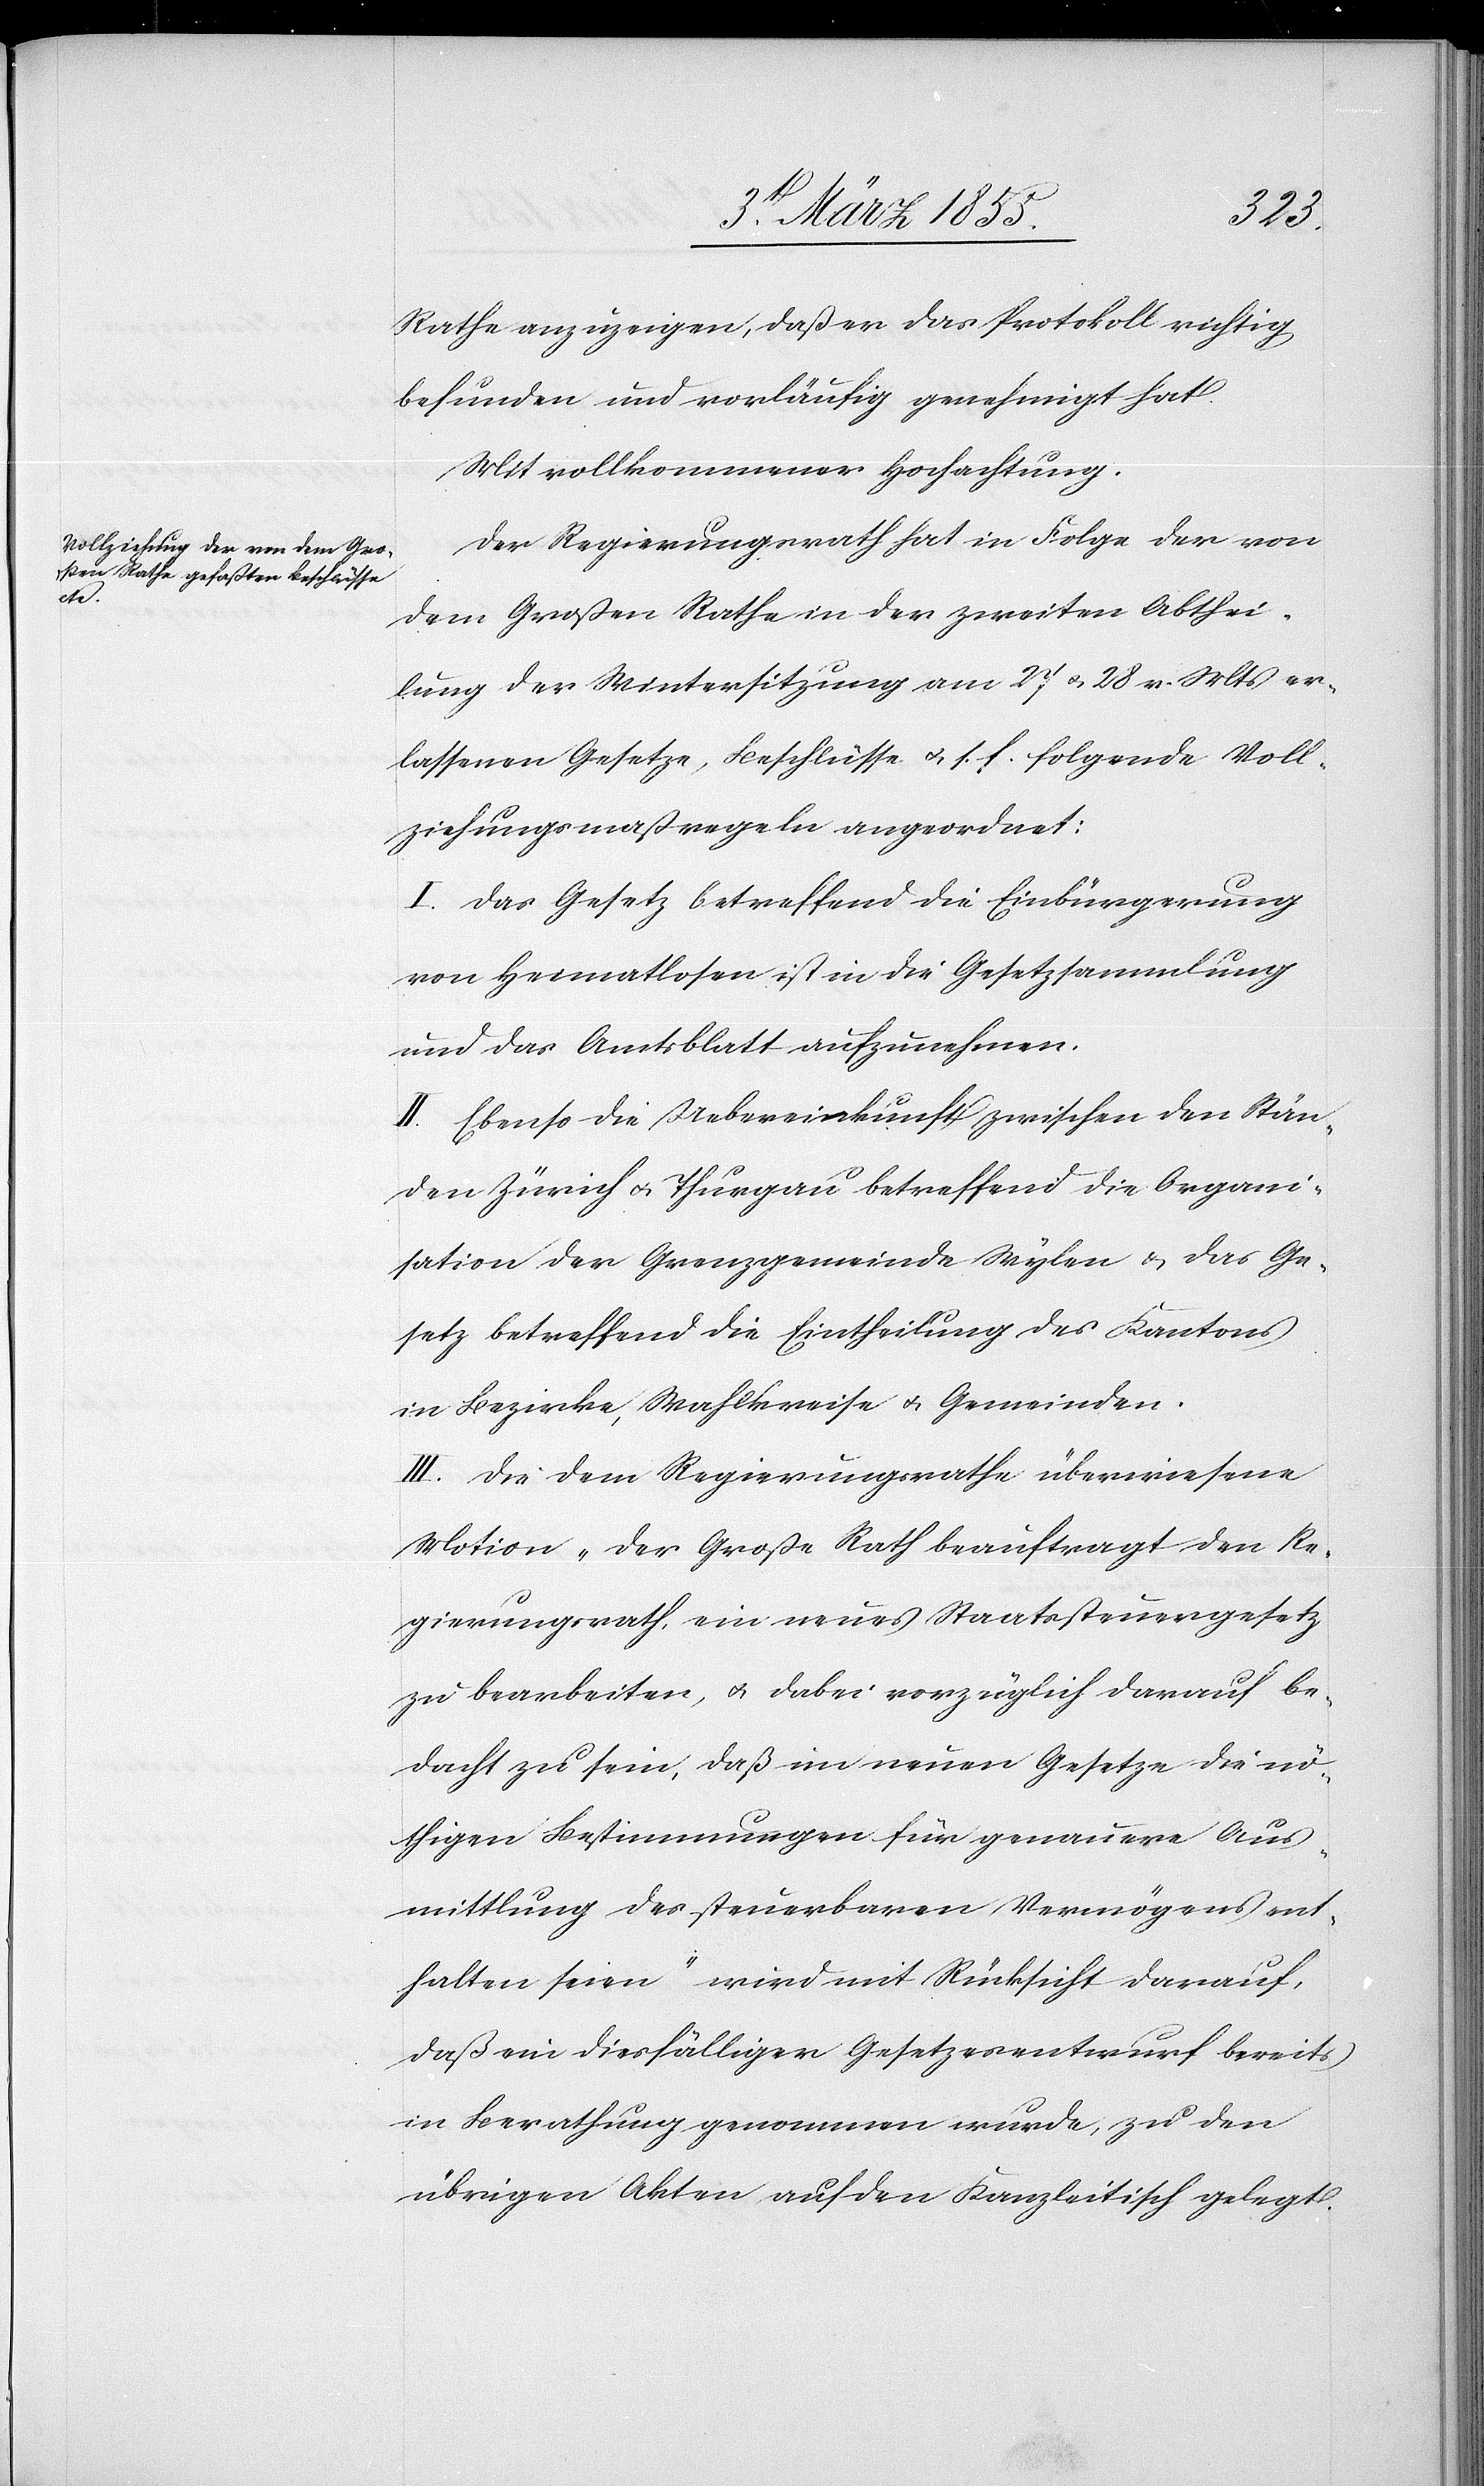
Rathe anzuzeigen, daß er das Protokoll richtig
befunden und vorläufig genehmigt hat.
Mit vollkommener Hochachtung.
Der Regierungsrath hat in Folge der von
dem Großen Rathe in der zweiten Abthei¬
lung der Wintersitzung am 27 & 28 v. Mts er¬
lassenen Gesetze, Beschlüsse & s. f. folgende Voll¬
ziehungsmaßregeln angeordnet:
I. Das Gesetz betreffend die Einbürgerung
von Heimatlosen ist in die Gesetzsammlung
und das Amtsblatt aufzunehmen.
II. Ebenso die Uebereinkunft zwischen den Stän¬
den Zürich & Thurgau betreffend die Organi¬
sation der Grenzgemeinde Wylen & das Ge¬
setz betreffend die Eintheilung des Kantons
in Bezirke, Wahlkreise & Gemeinden.
III. Die dem Regierungsrathe überwiesene
Motion „Der Große Rath beauftragt den Re¬
gierungsrath, ein neues Staatssteuergesetz
zu bearbeiten, & dabei vorzüglich darauf be¬
dacht zu sein, daß im neuen Gesetze die nö¬
thigen Bestimmungen für genauere Aus¬
mittlung des steuerbaren Vermögens ent¬
halten seien“ wird mit Rücksicht darauf,
daß ein diesfälliger Gesetzesentwurf bereits
in Berathung genommen wurde, zu den
übrigen Akten auf den Kanzleitisch gelegt.